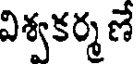
విశ్వకర్మ ణే